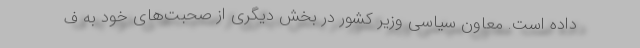
داده است. معاون سیاسی وزیر کشور در بخش دیگری از صحبت‌های خود به ف